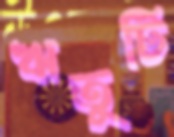
ঋতুটি